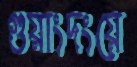
গুয়াংদংয়ে